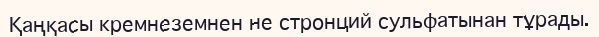
Қаңқасы кремнеземнен не стронций сульфатынан тұрады.